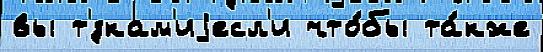
вы т'́зкам'иjесл'и что́бы та́кже